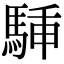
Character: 𩣙